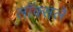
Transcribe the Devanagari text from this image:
लॉक्सले